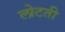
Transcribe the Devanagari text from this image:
लोटती